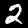
Label: 2